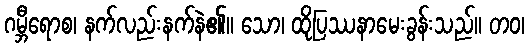
ဂမ္ဘီရောစ၊ နက်လည်းနက်နဲ၏။ သော၊ ထိုပြဿနာမေးခွန်းသည်။ တဝ၊